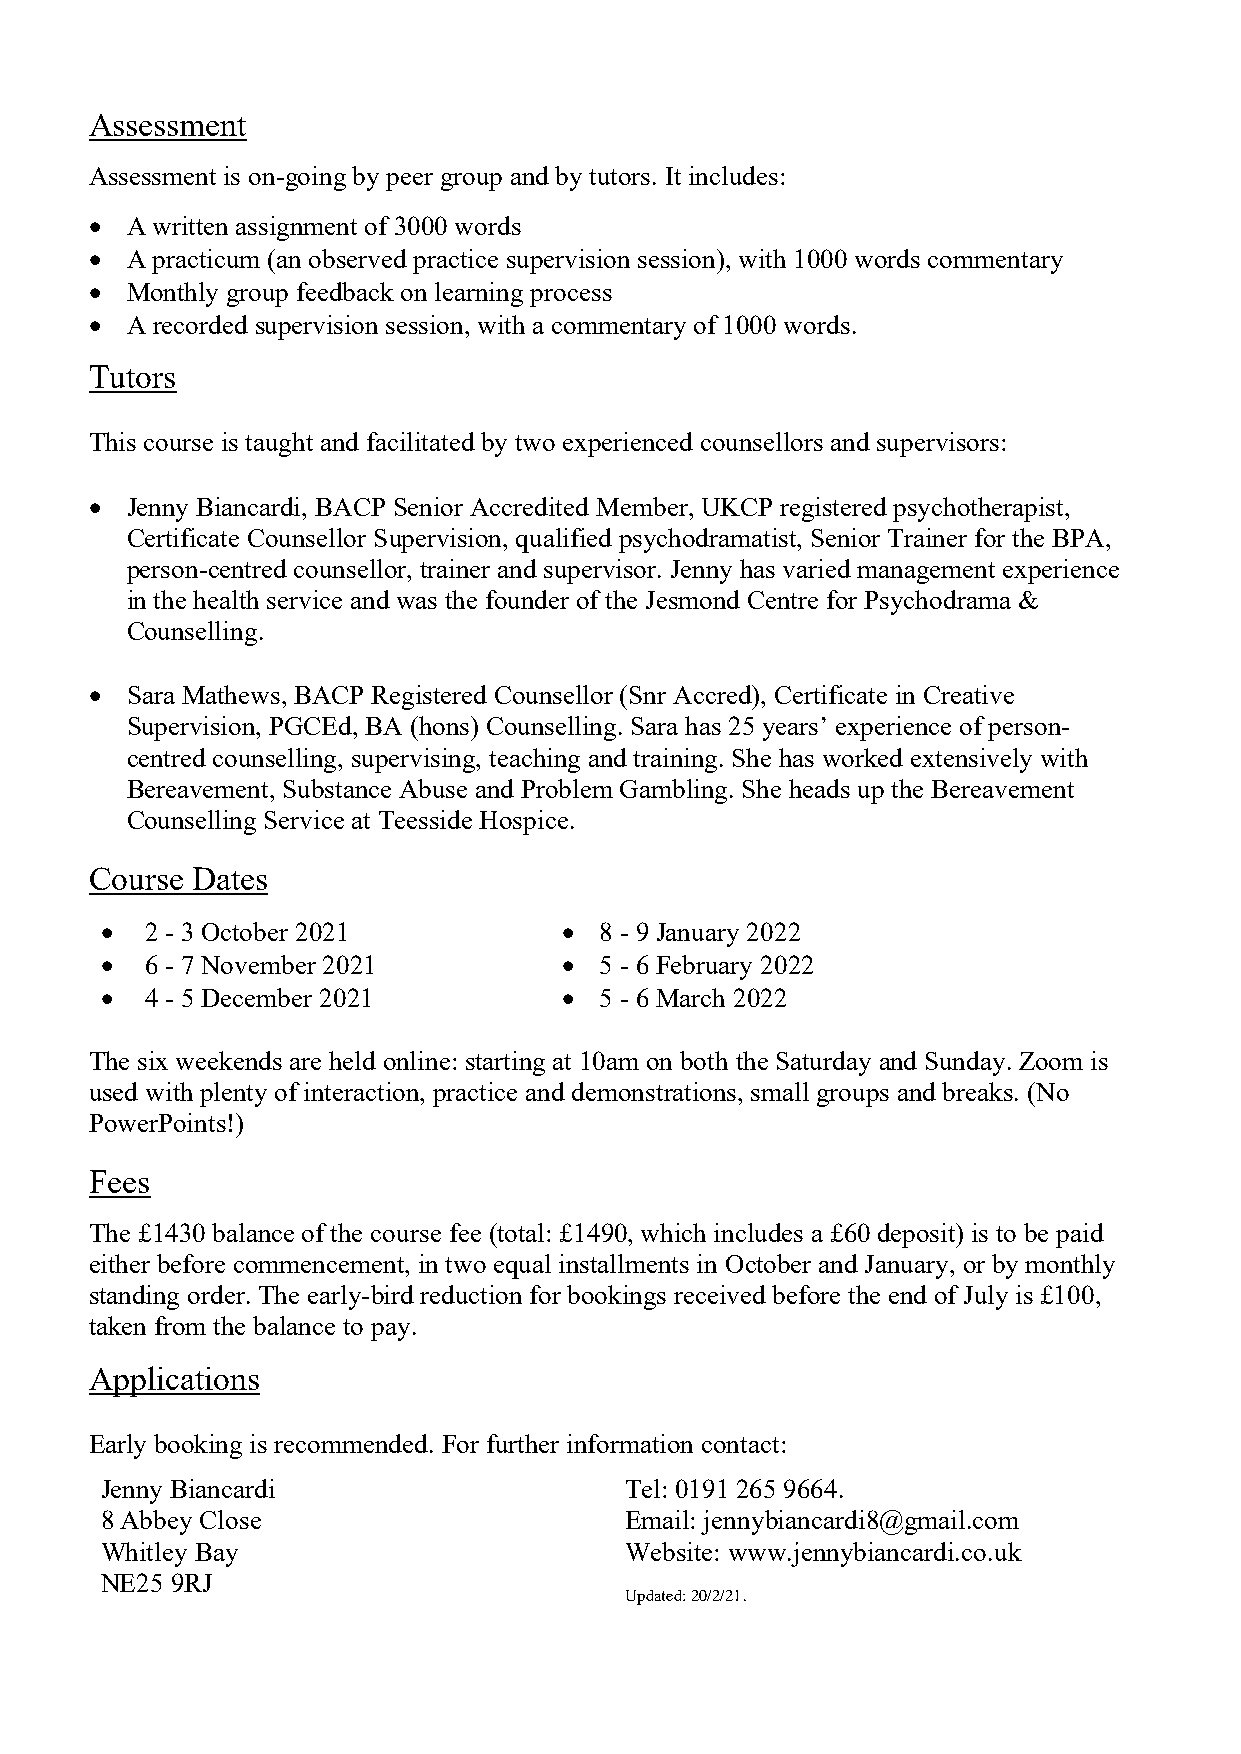
Assessment
 Assessment is on-going by peer group and by tutors. It includes:
 • A written assignment of 3000 words
 • A practicum (an observed practice supervision session), with 1000 words commentary
 • Monthly group feedback on learning process
 • A recorded supervision session, with a commentary of 1000 words.
 Tutors
 This course is taught and facilitated by two experienced counsellors and supervisors:
 • Jenny Biancardi, BACP Senior Accredited Member, UKCP registered psychotherapist,
 Certificate Counsellor Supervision, qualified psychodramatist, Senior Trainer for the BPA,
 person-centred counsellor, trainer and supervisor. Jenny has varied management experience
 in the health service and was the founder of the Jesmond Centre for Psychodrama &
 Counselling.
 • Sara Mathews, BACP Registered Counsellor (Snr Accred), Certificate in Creative
 Supervision, PGCEd, BA (hons) Counselling. Sara has 25 years’ experience of person-
 centred counselling, supervising, teaching and training. She has worked extensively with
 Bereavement, Substance Abuse and Problem Gambling. She heads up the Bereavement
 Counselling Service at Teesside Hospice.
 Course Dates
 •  2 - 3 October 2021         •  8 - 9 January 2022
 •  6 - 7 November 2021        •  5 - 6 February 2022
 •  4 - 5 December 2021        •  5 - 6 March 2022
 The six weekends are held online: starting at 10am on both the Saturday and Sunday. Zoom is
 used with plenty of interaction, practice and demonstrations, small groups and breaks. (No
 PowerPoints!)
 Fees
 The £1430 balance of the course fee (total: £1490, which includes a £60 deposit) is to be paid
 either before commencement, in two equal installments in October and January, or by monthly
 standing order. The early-bird reduction for bookings received before the end of July is £100,
 taken from the balance to pay.
 Applications
 Early booking is recommended. For further information contact:
 Jenny Biancardi                   Tel: 0191 265 9664.
 8 Abbey Close                     Email: jennybiancardi8@gmail.com
 Whitley Bay                       Website: www.jennybiancardi.co.uk
 NE25 9RJ
 Updated: 20/2/21.